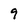
Character: 9